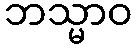
ဘသ္မာဝ